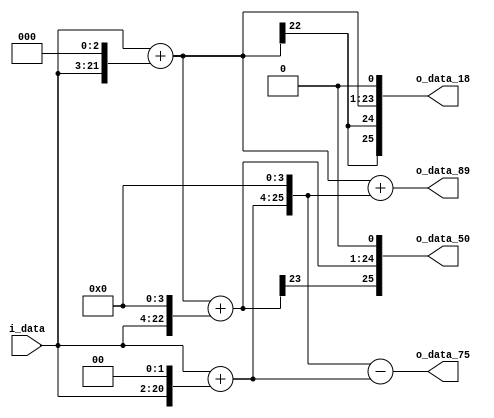
module spiral_4(
          i_data,
        o_data_18,
        o_data_50,
        o_data_75,
        o_data_89
);
input  signed [18:0]   i_data;
output signed [18+7:0] o_data_18;
output signed [18+7:0] o_data_50;
output signed [18+7:0] o_data_75;
output signed [18+7:0] o_data_89;
wire signed [25:0]
    w1,
    w8,
    w9,
    w16,
    w25,
    w4,
    w5,
    w80,
    w75,
    w89,
    w18,
    w50;
assign w1 = i_data;
assign w8 = w1 << 3;
assign w9 = w1 + w8;
assign w16 = w1 << 4;
assign w25 = w9 + w16;
assign w4 = w1 << 2;
assign w5 = w1 + w4;
assign w80 = w5 << 4;
assign w75 = w80 - w5;
assign w89 = w9 + w80;
assign w18 = w9 << 1;
assign w50 = w25 << 1;
assign  o_data_18=w18;
assign  o_data_50=w50;
assign  o_data_75=w75;
assign  o_data_89=w89;
endmodule